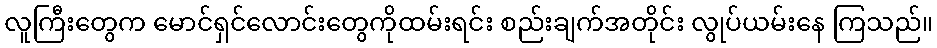
လူကြီးတွေက မောင်ရှင်လောင်းတွေကိုထမ်းရင်း စည်းချက်အတိုင်း လွုပ်ယမ်းနေ ကြသည်။